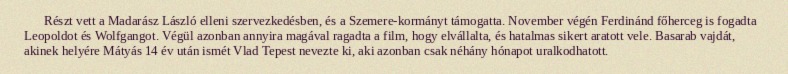
Részt vett a Madarász László elleni szervezkedésben, és a Szemere-kormányt támogatta. November végén Ferdinánd főherceg is fogadta Leopoldot és Wolfgangot. Végül azonban annyira magával ragadta a film, hogy elvállalta, és hatalmas sikert aratott vele. Basarab vajdát, akinek helyére Mátyás 14 év után ismét Vlad Tepest nevezte ki, aki azonban csak néhány hónapot uralkodhatott.